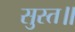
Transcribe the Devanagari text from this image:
सुस्त॥